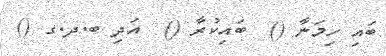
ބައި ހިމަނާ ()  ބައިކުރާ ()  އަދި ބ.ދ.ގ ()